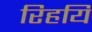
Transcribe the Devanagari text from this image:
रिहयि